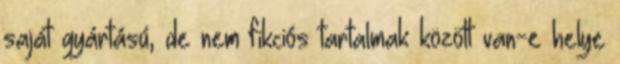
saját gyártású, de nem fikciós tartalmak között van-e helye